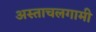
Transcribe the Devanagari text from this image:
अस्ताचलगामी